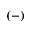
( - )